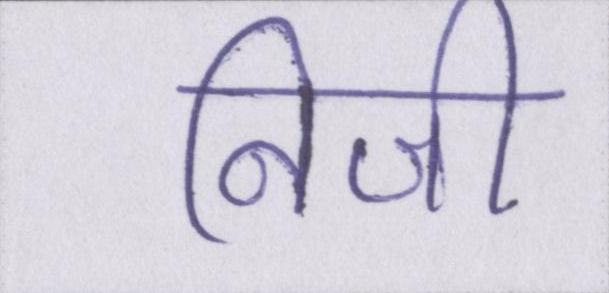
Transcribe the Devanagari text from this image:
निजी